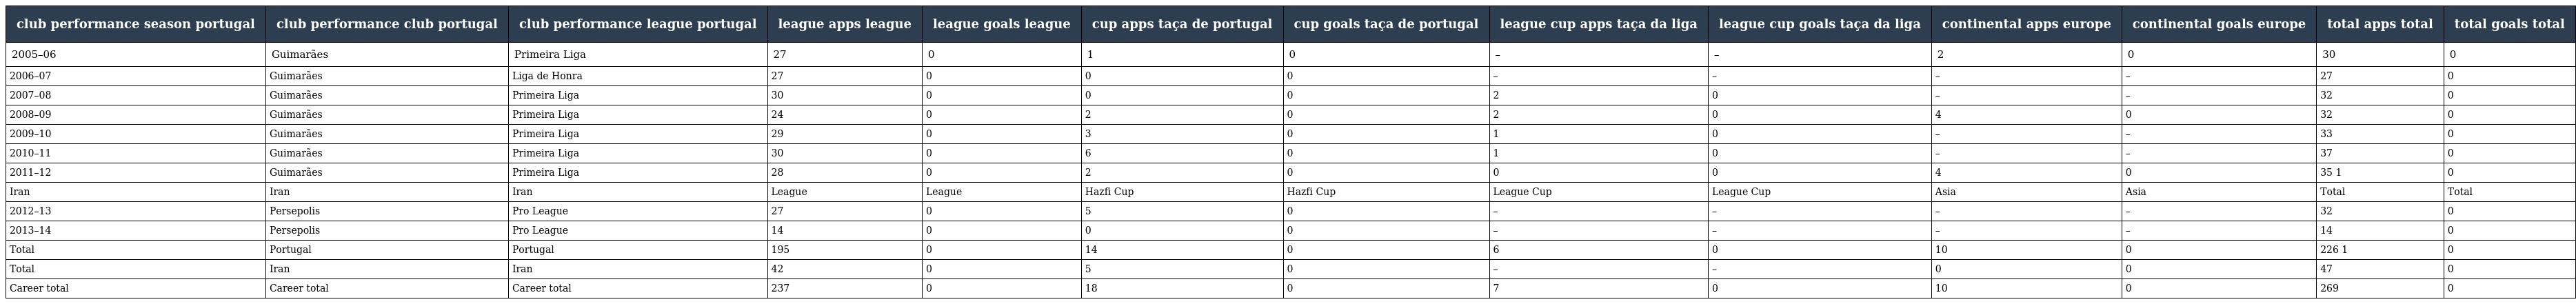
| club performance season portugal | club performance club portugal | club performance league portugal | league apps league | league goals league | cup apps taça de portugal | cup goals taça de portugal | league cup apps taça da liga | league cup goals taça da liga | continental apps europe | continental goals europe | total apps total | total goals total |
 | --- | --- | --- | --- | --- | --- | --- | --- | --- | --- | --- | --- | --- |
 | 2005–06 | Guimarães | Primeira Liga | 27 | 0 | 1 | 0 | – | – | 2 | 0 | 30 | 0 |
 | 2006–07 | Guimarães | Liga de Honra | 27 | 0 | 0 | 0 | – | – | – | – | 27 | 0 |
 | 2007–08 | Guimarães | Primeira Liga | 30 | 0 | 0 | 0 | 2 | 0 | – | – | 32 | 0 |
 | 2008–09 | Guimarães | Primeira Liga | 24 | 0 | 2 | 0 | 2 | 0 | 4 | 0 | 32 | 0 |
 | 2009–10 | Guimarães | Primeira Liga | 29 | 0 | 3 | 0 | 1 | 0 | – | – | 33 | 0 |
 | 2010–11 | Guimarães | Primeira Liga | 30 | 0 | 6 | 0 | 1 | 0 | – | – | 37 | 0 |
 | 2011–12 | Guimarães | Primeira Liga | 28 | 0 | 2 | 0 | 0 | 0 | 4 | 0 | 35 1 | 0 |
 | Iran | Iran | Iran | League | League | Hazfi Cup | Hazfi Cup | League Cup | League Cup | Asia | Asia | Total | Total |
 | 2012–13 | Persepolis | Pro League | 27 | 0 | 5 | 0 | – | – | – | – | 32 | 0 |
 | 2013–14 | Persepolis | Pro League | 14 | 0 | 0 | 0 | – | – | – | – | 14 | 0 |
 | Total | Portugal | Portugal | 195 | 0 | 14 | 0 | 6 | 0 | 10 | 0 | 226 1 | 0 |
 | Total | Iran | Iran | 42 | 0 | 5 | 0 | – | – | 0 | 0 | 47 | 0 |
 | Career total | Career total | Career total | 237 | 0 | 18 | 0 | 7 | 0 | 10 | 0 | 269 | 0 |